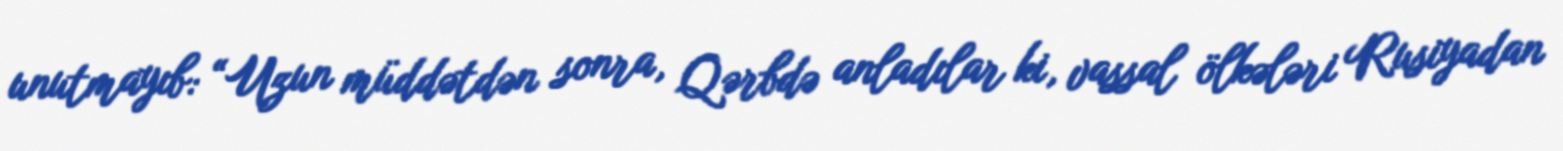
unutmayıb: “Uzun müddətdən sonra, Qərbdə anladılar ki, vassal ölkələri Rusiyadan